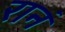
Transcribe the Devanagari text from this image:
रानं